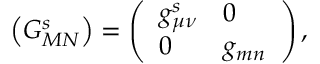
\left( G _ { M N } ^ { s } \right) = \left( \begin{array} { l l } { { g _ { \mu \nu } ^ { s } } } & { { 0 } } \\ { { 0 } } & { { g _ { m n } } } \end{array} \right) ,